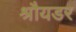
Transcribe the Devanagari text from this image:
श्रौयडर